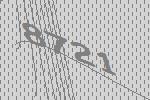
8721